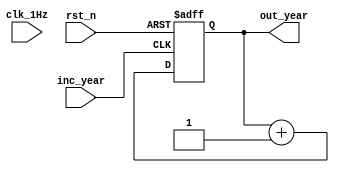
module counter_year  (
	input clk_1Hz,    // Clock
	input rst_n,  // Asynchronous reset active low
	input inc_year,
	output reg [5:0] out_year 
);	

	always @(posedge inc_year  or negedge rst_n) begin
		if(~rst_n) begin
			out_year  <= 0;
		end else begin
				out_year  <= out_year  + 1'b1;
		end
	end
	
endmodule